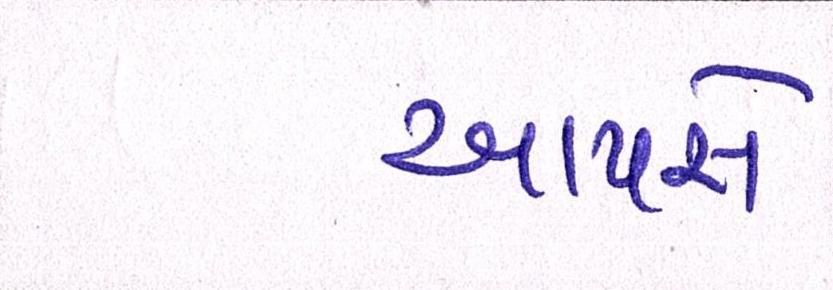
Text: આપસે